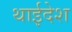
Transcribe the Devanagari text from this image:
थाईदेश